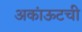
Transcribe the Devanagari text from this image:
अकांऊटची